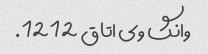
وانگ وی اتاق 1212.